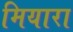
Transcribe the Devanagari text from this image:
मियारा